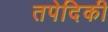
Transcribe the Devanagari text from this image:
तपेदिकी